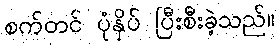
စက်တင် ပုံနှိပ် ပြီးစီးခဲ့သည်။